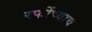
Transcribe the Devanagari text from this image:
रफींच्याच